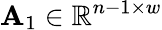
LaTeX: \mathbf{A}_{1}\in\mathbb{R}^{n-1\times w}